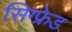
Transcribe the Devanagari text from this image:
सिग्फ्रेड